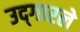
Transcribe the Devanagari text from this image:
उद्‌गारले